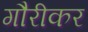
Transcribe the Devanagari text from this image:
गौरीकर